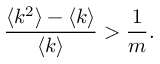
\frac { \langle k ^ { 2 } \rangle - \langle k \rangle } { \langle k \rangle } > \frac { 1 } { m } .